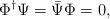
LaTeX: \begin{align*}\Phi^\dag \Psi = {\bar \Psi} \Phi=0,\end{align*}